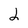
Character: 2